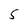
Character: 5